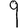
Digit: 9